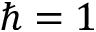
\hbar = 1